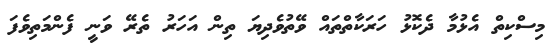
މިސްކިތް އެޅުމާ ދެކޮޅު ހަރަކާތްތައް ވޭތުވެދިޔަ ތިން އަހަރު ތެރޭ ވަނީ ފެންމަތިވެފަ